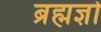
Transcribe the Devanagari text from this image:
ब्रह्मज्ञो